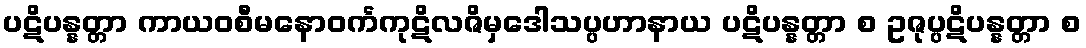
ပဋိပန္နတ္တာ ကာယဝစီမနောဝင်္ကကုဋိလဇိမှဒေါသပ္ပဟာနာယ ပဋိပန္နတ္တာ စ ဥဇုပ္ပဋိပန္နတ္တာ စ